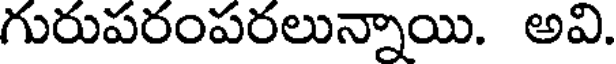
గురుపరంపరలున్నాయి. అవి.